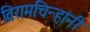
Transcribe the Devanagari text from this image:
विरामचिन्हांनी